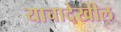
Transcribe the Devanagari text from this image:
याचादेखील